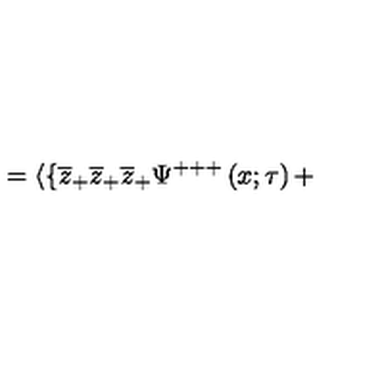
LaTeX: = \langle \{ \overline { { z } } _ { + } \overline { { z } } _ { + } \overline { { z } } _ { + } \Psi ^ { + + + } \left( x ; \tau \right) +